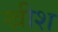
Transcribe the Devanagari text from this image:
खीश